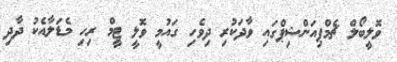
ވޮލީބޯލް ޗެމްޕިއަންޝިޕްގައި ވާދަކުރި ދިވެހި ގައުމީ ވޮލީ ޓީމް ރިހި މެޑަލާއެކު ދާދި